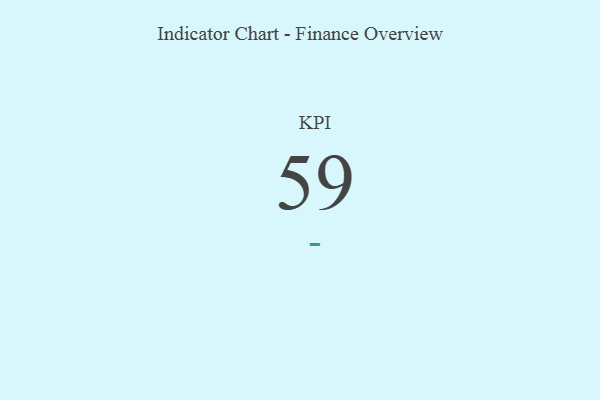
{"axis": {"x": "KPI", "y": "Value"}, "legend": [""], "data": [{"x": "KPI", "y": 59, "type": ""}]}